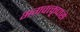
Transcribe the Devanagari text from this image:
भगवत्कृपासे